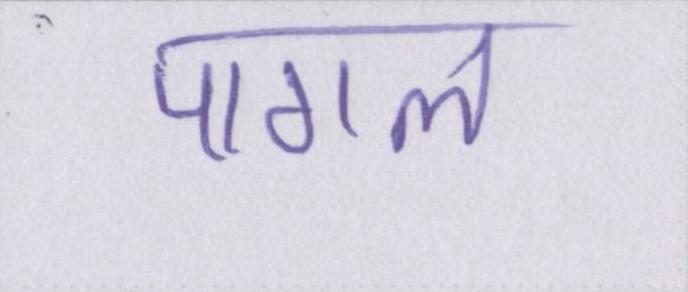
पागल